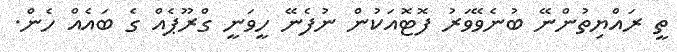
ތީ ރައްޔިތުންނޭ ބުނެވޭވަރު ފޮޓޮއަކުން ނުފެނޭ ހީވަނީ ގްރޫޕެއް ގެ ބައެއް ހެން.